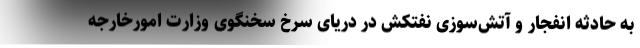
به حادثه انفجار و آتش‌سوزی نفتکش در دریای سرخ سخنگوی وزارت امورخارجه